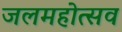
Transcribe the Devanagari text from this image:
जलमहोत्सव